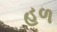
હળ